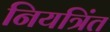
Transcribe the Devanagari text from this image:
नियत्रिंत